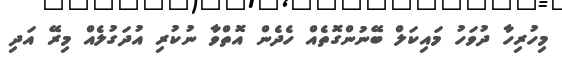
މިހުރިހާ ދުވަހު މައިކަލް ބޭނުންގޮތެއް ހެދެން އޮތްވާ ނުކުރި އުދަގުލެއް މިރޭ އަދި